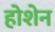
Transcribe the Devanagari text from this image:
होशेन